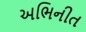
અભિનીત